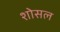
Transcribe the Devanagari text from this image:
शोसल